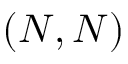
( N , N )